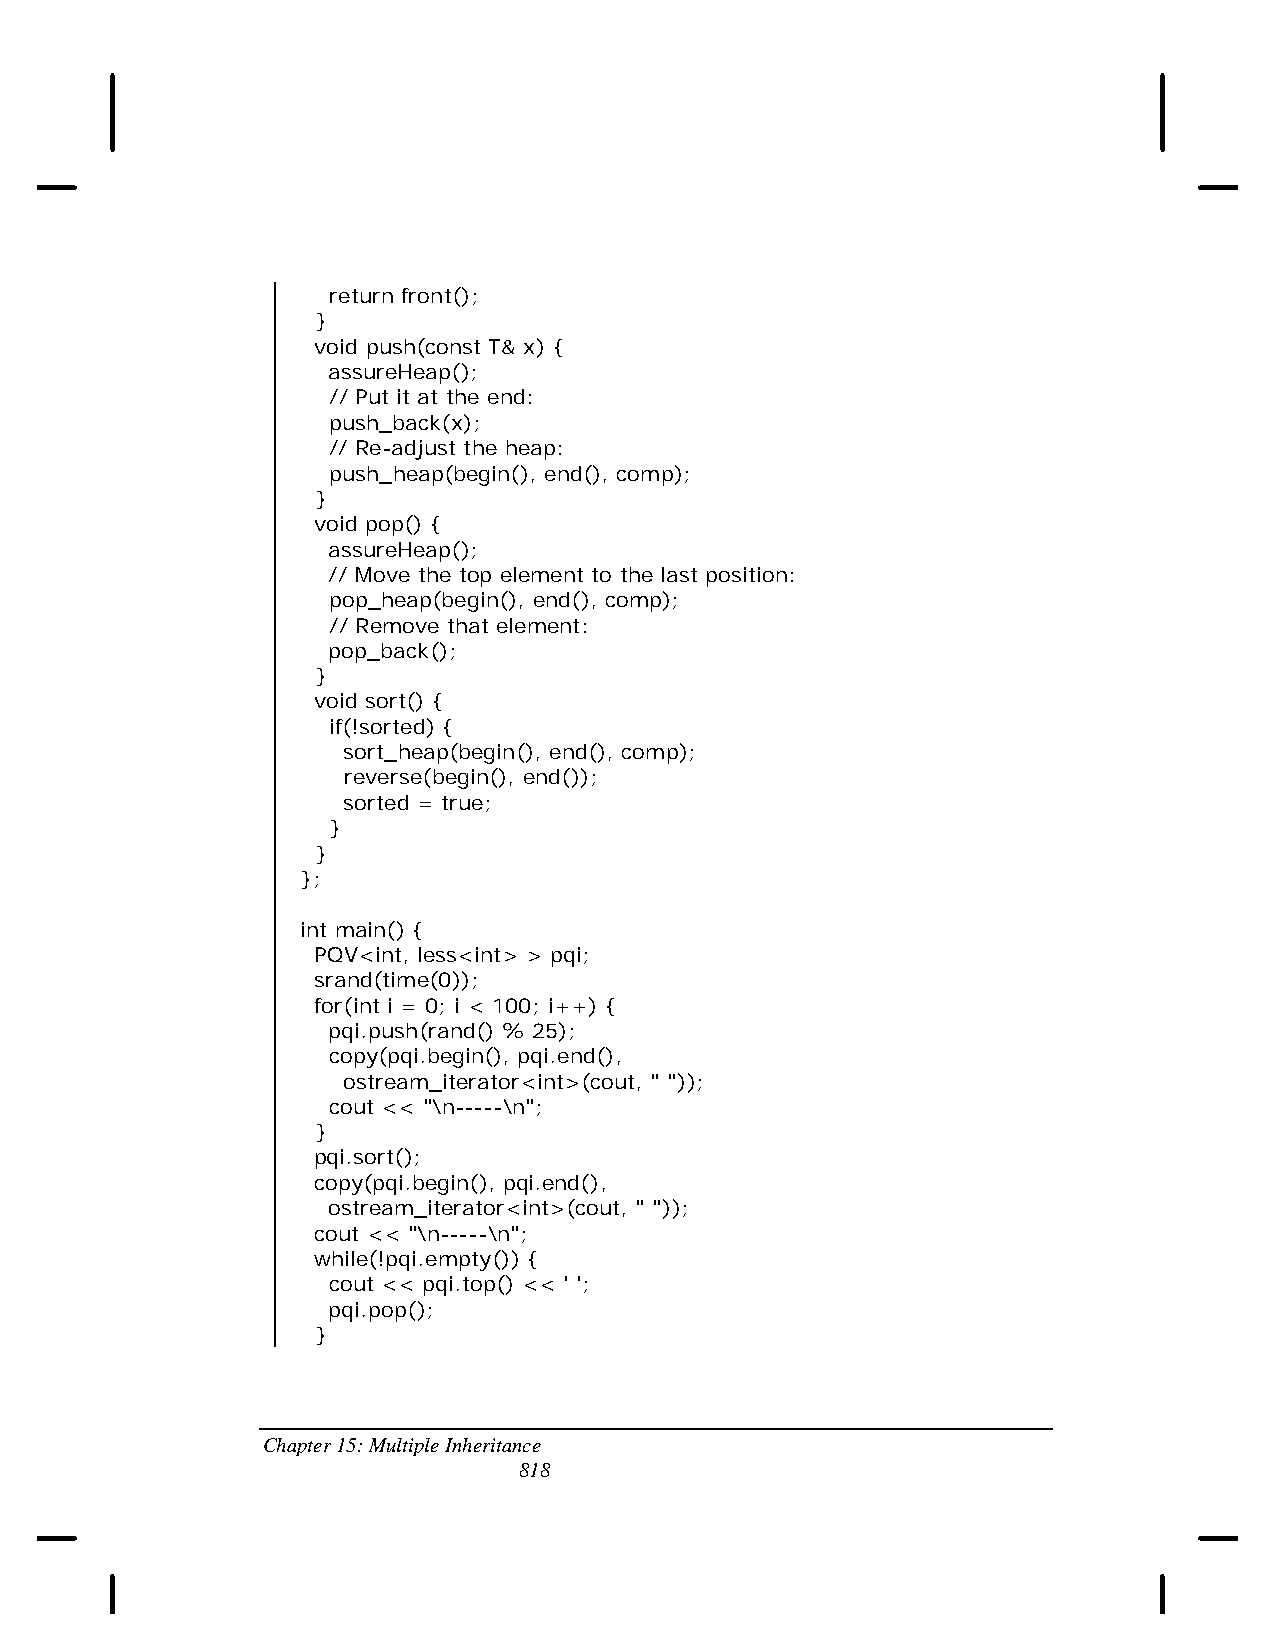
return front();
 }
 void push(const T& x) {
 assureHeap();
 // Put it at the end:
 push_back(x);
 // Re-adjust the heap:
 push_heap(begin(), end(), comp);
 }
 void pop() {
 assureHeap();
 // Move the top element to the last position:
 pop_heap(begin(), end(), comp);
 // Remove that element:
 pop_back();
 }
 void sort() {
 if(!sorted) {
 sort_heap(begin(), end(), comp);
 reverse(begin(), end());
 sorted = true;
 }
 }
 };
 int main() {
 PQV<int, less<int> > pqi;
 srand(time(0));
 for(int i = 0; i < 100; i++) {
 pqi.push(rand() % 25);
 copy(pqi.begin(), pqi.end(),
 ostream_iterator<int>(cout, " "));
 cout << "\n-----\n";
 }
 pqi.sort();
 copy(pqi.begin(), pqi.end(),
 ostream_iterator<int>(cout, " "));
 cout << "\n-----\n";
 while(!pqi.empty()) {
 cout << pqi.top() << ' ';
 pqi.pop();
 }
 Chapter 15: Multiple Inheritance
 818